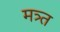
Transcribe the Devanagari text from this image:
मत्र्त